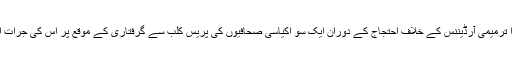
چینلز کی بندش اور پیمرا ترمیمی آرڈیننس کے خلاف احتجاج کے دوران ایک سو اکیاسی صحافیوں کی پریس کلب سے گرفتاری کے موقع پر اس کی جرات اور بہادری یاد رہے گی۔